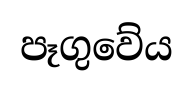
පෑගුවේය